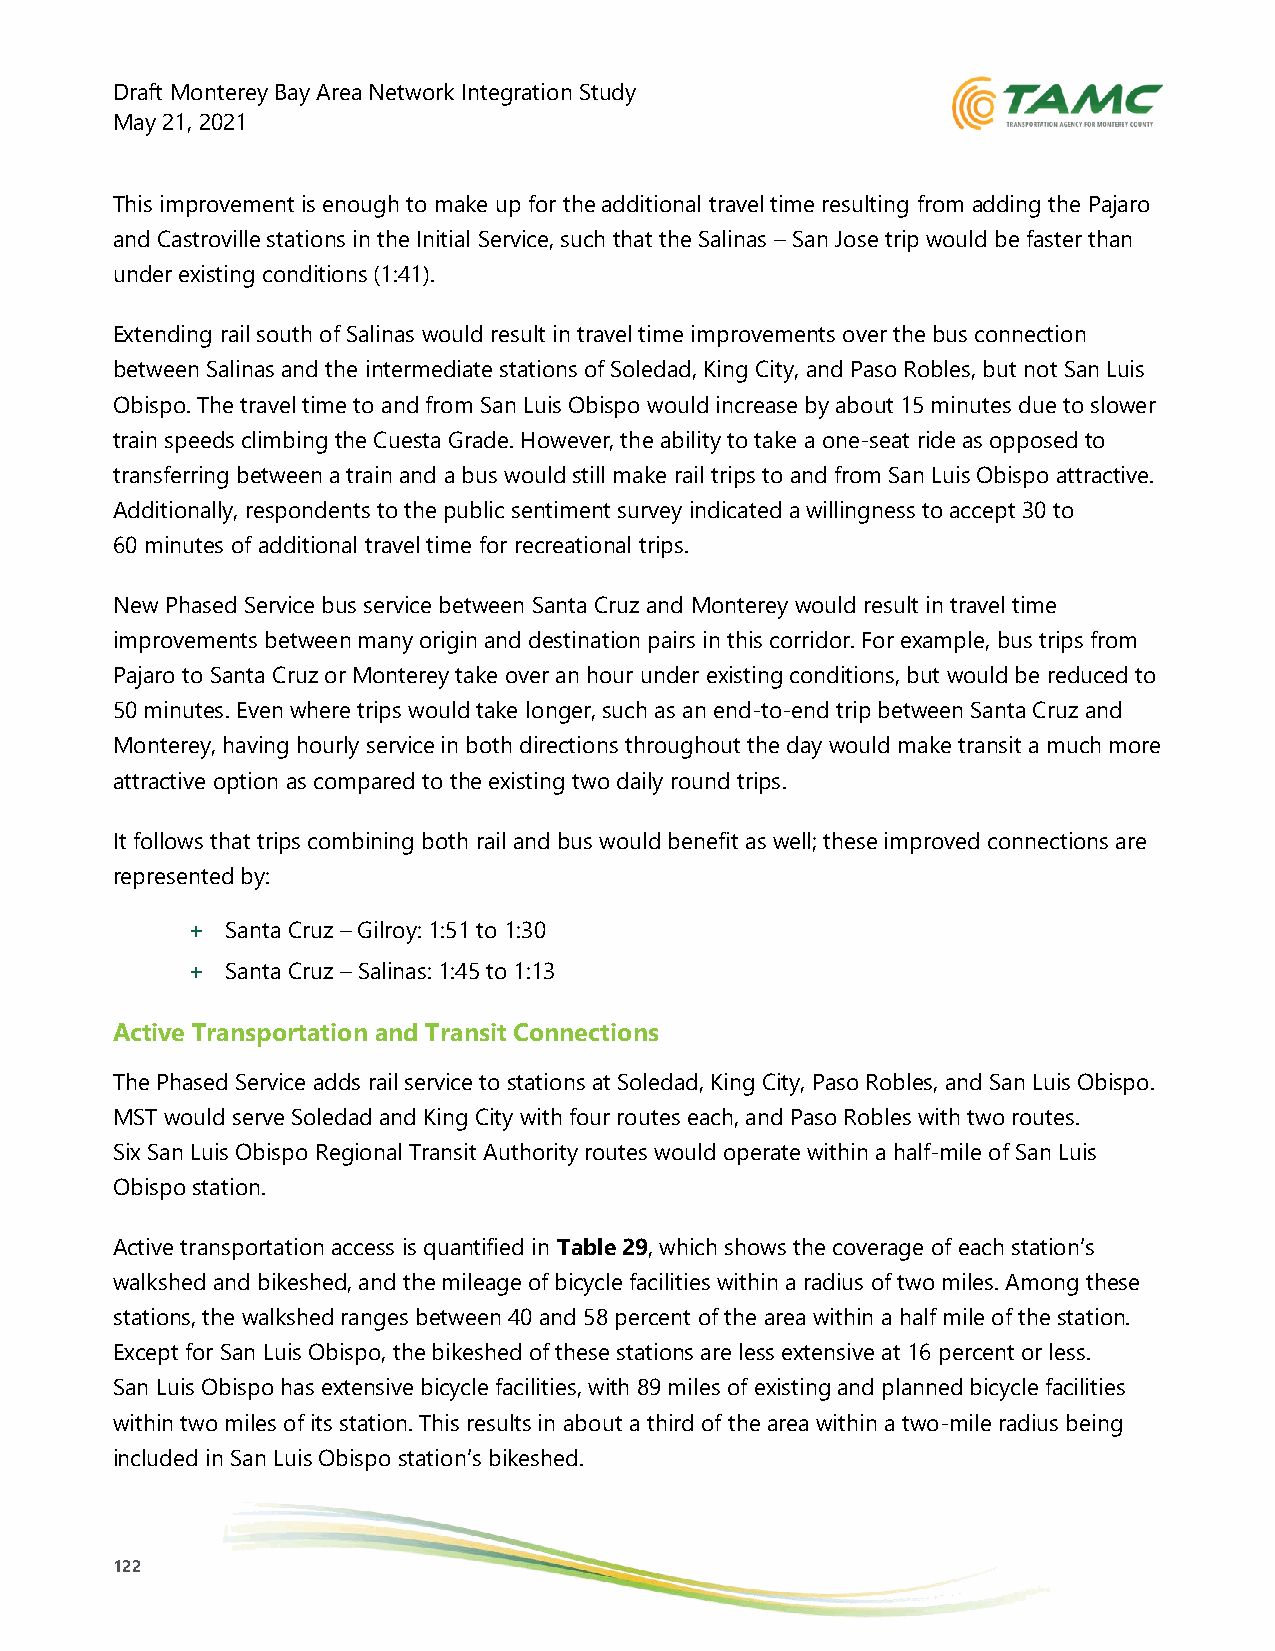
Draft Monterey Bay Area Network Integration Study
 May 21, 2021
 This improvement is enough to make up for the additional travel time resulting from adding the Pajaro
 and Castroville stations in the Initial Service, such that the Salinas – San Jose trip would be faster than
 under existing conditions (1:41).
 Extending rail south of Salinas would result in travel time improvements over the bus connection
 between Salinas and the intermediate stations of Soledad, King City, and Paso Robles, but not San Luis
 Obispo. The travel time to and from San Luis Obispo would increase by about 15 minutes due to slower
 train speeds climbing the Cuesta Grade. However, the ability to take a one-seat ride as opposed to
 transferring between a train and a bus would still make rail trips to and from San Luis Obispo attractive.
 Additionally, respondents to the public sentiment survey indicated a willingness to accept 30 to
 60 minutes of additional travel time for recreational trips.
 New Phased Service bus service between Santa Cruz and Monterey would result in travel time
 improvements between many origin and destination pairs in this corridor. For example, bus trips from
 Pajaro to Santa Cruz or Monterey take over an hour under existing conditions, but would be reduced to
 50 minutes. Even where trips would take longer, such as an end-to-end trip between Santa Cruz and
 Monterey, having hourly service in both directions throughout the day would make transit a much more
 attractive option as compared to the existing two daily round trips.
 It follows that trips combining both rail and bus would benefit as well; these improved connections are
 represented by:
 +  Santa Cruz – Gilroy: 1:51 to 1:30
 +  Santa Cruz – Salinas: 1:45 to 1:13
 Active Transportation and Transit Connections
 The Phased Service adds rail service to stations at Soledad, King City, Paso Robles, and San Luis Obispo.
 MST would serve Soledad and King City with four routes each, and Paso Robles with two routes.
 Six San Luis Obispo Regional Transit Authority routes would operate within a half-mile of San Luis
 Obispo station.
 Active transportation access is quantified in Table 29, which shows the coverage of each station’s
 walkshed and bikeshed, and the mileage of bicycle facilities within a radius of two miles. Among these
 stations, the walkshed ranges between 40 and 58 percent of the area within a half mile of the station.
 Except for San Luis Obispo, the bikeshed of these stations are less extensive at 16 percent or less.
 San Luis Obispo has extensive bicycle facilities, with 89 miles of existing and planned bicycle facilities
 within two miles of its station. This results in about a third of the area within a two-mile radius being
 included in San Luis Obispo station’s bikeshed.
 122